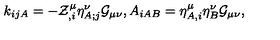
k _ { i j A } = - { \cal Z } _ { , i } ^ { \mu } { \eta } _ { A ; j } ^ { \nu } { \cal G } _ { \mu \nu } , A _ { i A B } = \eta _ { A , i } ^ { \mu } \eta _ { B } ^ { \nu } { \cal G } _ { \mu \nu } ,